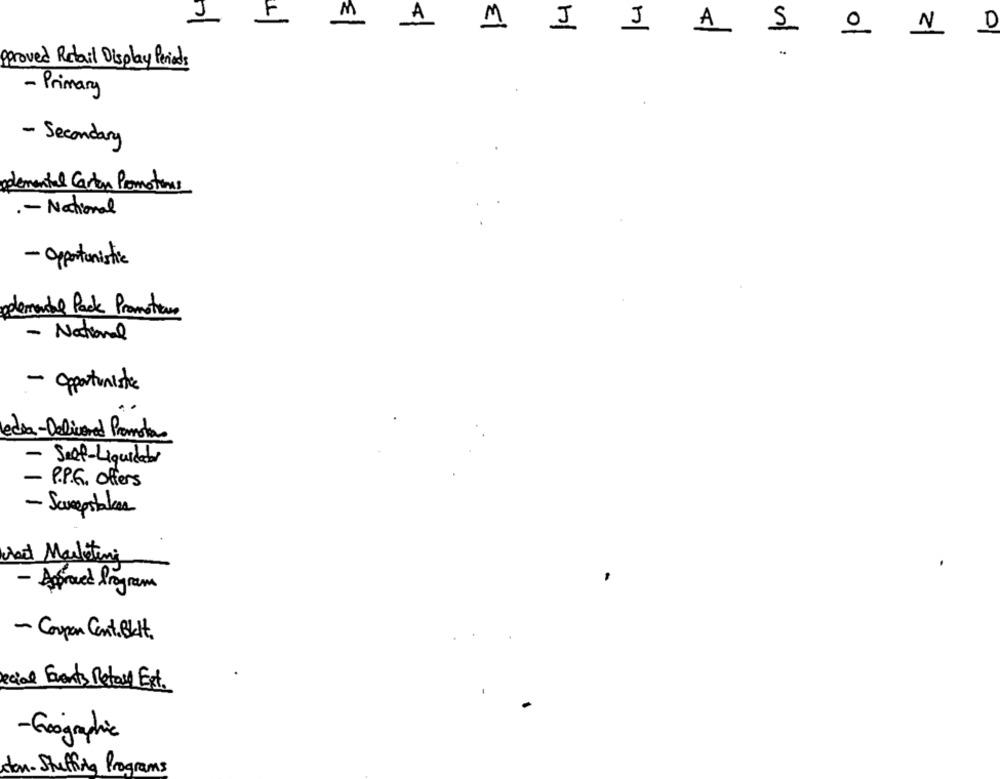
M
2
MI JAS
pproved Retail Display Periods
- Primary
- Secondary
gdemental Carton Promotions
.- National
- Opportunistic
pelemedal Pack Promotions
- National
- Opportuniste
edia-Delivered Promotor
- Self-Liquidator
- P.P.G. offers
- Sweepstakes
What Marketing
- Approved Program
- Coupon Cent. But
ecial Fronts Retard Ext.
- Geographic
don- Stuffing Programs